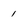
Character: 1